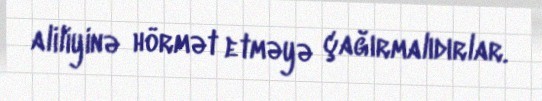
aliliyinə hörmət etməyə çağırmalıdırlar.